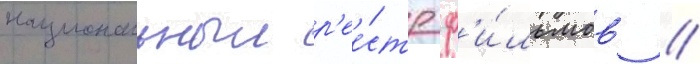
национальныи р'ее́стр ф'и́льмов //